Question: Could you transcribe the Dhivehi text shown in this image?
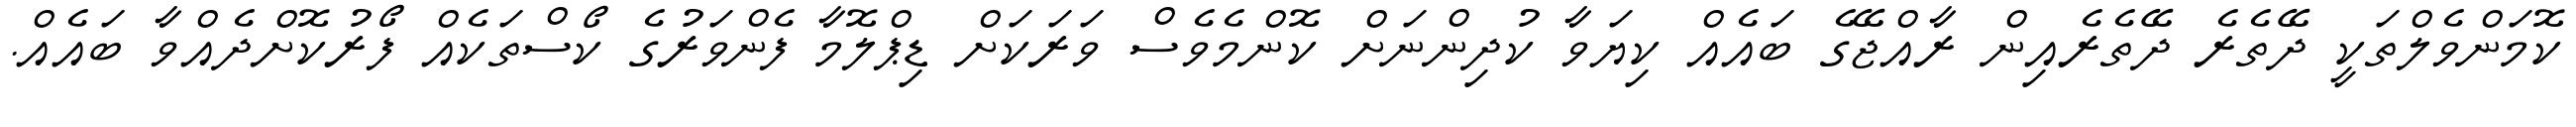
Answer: ކޮމަންވެލްތަކީ ދޭތެރެ ދޭތެރެއިން ރާއްޖޭގެ ބައެއް ކިޔަވާ ކުދިންނަށް ކޮންމެވެސް ވަރަކަށް ޑިޕްލޮމާ ފެންވަރުގެ ކޯސްތަކެއް ފޯރުކޮށްދެއްވާ ބައެއް.